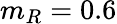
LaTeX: m_{R}=0.6